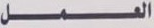
العمل